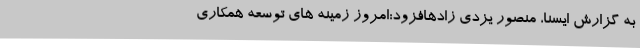
به گزارش ایسنا، منصور یزدی زادهافزود:امروز زمینه های توسعه همکاری